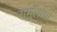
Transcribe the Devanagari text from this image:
रामुलामा